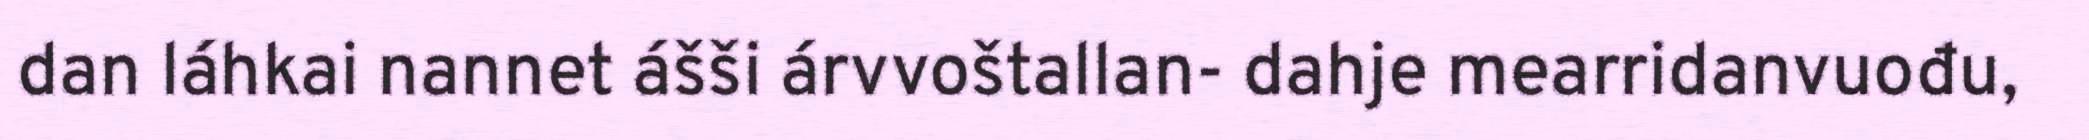
dan láhkai nannet ášši árvvoštallan- dahje mearridanvuođu,